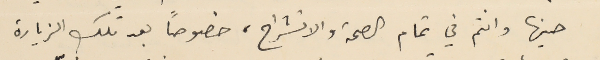
حينها وانتم في تمام الصحة والانشراح، خصوصاً بعد تلك الزيارة